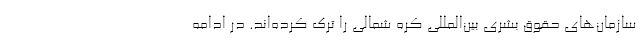
سازمان‌های حقوق بشری بین‌المللی کره شمالی را ترک کرده‌اند. در ادامه